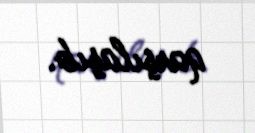
qarşılaşıb.